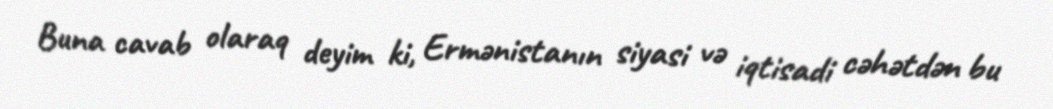
Buna cavab olaraq deyim ki, Ermənistanın siyasi və iqtisadi cəhətdən bu